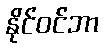
နိုင်ဝင်ဘာ